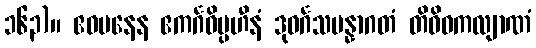
၁၆၃)။ ဧဝမနေန ဧကင်္ဂဝိပ္ပဟီနံ ဒုဝင်္ဂသမန္နာဂတံ တိဝိဓကလျာဏံ